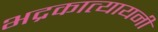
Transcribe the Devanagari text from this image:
भद्रकात्यायनी